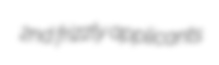
2nd frizzly applicants